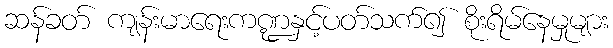
ဆန်ခတ် ကျန်းမာရေးကဏ္ဍနှင့်ပတ်သက်၍ စိုးရိမ်နေမှုများ